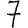
Digit: 7